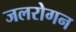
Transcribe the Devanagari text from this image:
जलरोगन